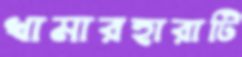
খামারহারাটি